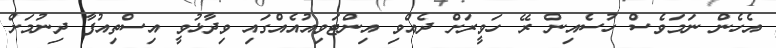
އެހެން ނަމަވެސް ހުސެއިން ރޭ ހަވީރަށް ދެއްވި އިންޓަވިއުއެއްގައި ވިދާޅުވީ އިސްތިއުފާ ދިނުމަށް